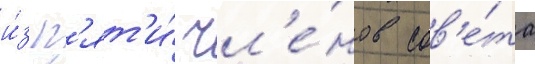
и́з п'ят'и́ чл'е́нов сов'е́та